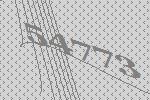
54773